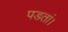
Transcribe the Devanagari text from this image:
पडतां।